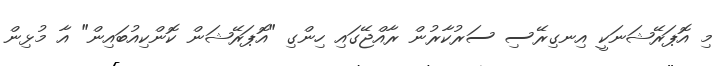
މި އޮޕަރޭޝަނަކީ އިނގިރޭސި ސަރުކާރުން ރާއްޖޭގައި ހިންގި "އޮޕަރޭޝަން ކޮންކިއުބައިން" އާ މުޅިން